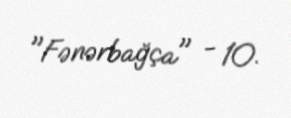
"Fənərbağça" - 10.